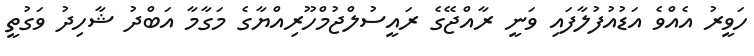
ހަވީރު އެއްވެ އަޑުއުފުލާފައި ވަނީ ރާއްޖޭގެ ރައީސުލްޖުމްހޫރިއްޔާގެ މަގާމާ އަބްދު ޝާހިދު ވަގުތީ